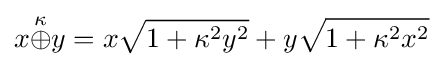
x{\stackrel {\kappa }{\oplus }}y=x{\sqrt {1+\kappa ^{2}y^{2}}}+y{\sqrt {1+\kappa ^{2}x^{2}}}